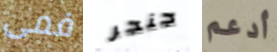
فمى جنجر أدعم